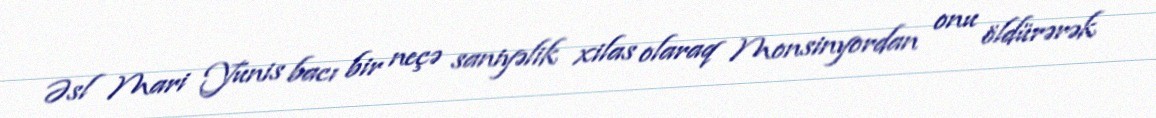
Əsl Mari Yunis bacı bir neçə saniyəlik xilas olaraq Monsinyordan onu öldürərək